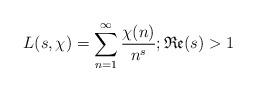
LaTeX: \begin{align*}L(s,\chi) = \sum_{n=1}^{\infty} \frac{\chi(n)}{n^s}; \mathfrak{Re}(s) > 1\end{align*}